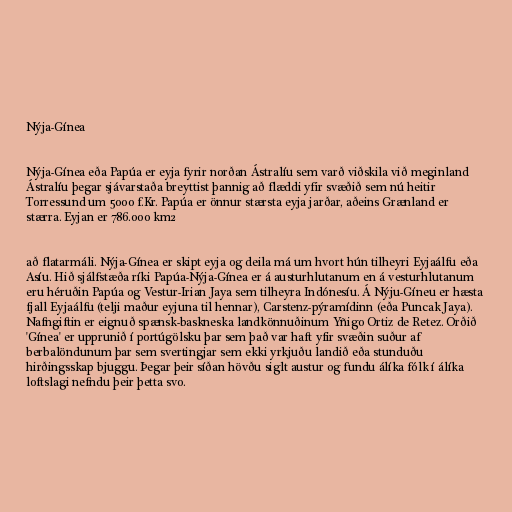
Nýja-Gínea

Nýja-Gínea eða Papúa er eyja fyrir norðan Ástralíu sem varð viðskila við meginland
Ástralíu þegar sjávarstaða breyttist þannig að flæddi yfir svæðið sem nú heitir
Torressund um 5000 f.Kr. Papúa er önnur stærsta eyja jarðar, aðeins Grænland er
stærra. Eyjan er 786.000 km2

að flatarmáli. Nýja-Gínea er skipt eyja og deila má um hvort hún tilheyri Eyjaálfu eða
Asíu. Hið sjálfstæða ríki Papúa-Nýja-Gínea er á austurhlutanum en á vesturhlutanum
eru héruðin Papúa og Vestur-Irian Jaya sem tilheyra Indónesíu. Á Nýju-Gíneu er hæsta
fjall Eyjaálfu (telji maður eyjuna til hennar), Carstenz-pýramídinn (eða Puncak Jaya).
Nafngiftin er eignuð spænsk-baskneska landkönnuðinum Yñigo Ortiz de Retez. Orðið
'Gínea' er upprunið í portúgölsku þar sem það var haft yfir svæðin suður af
berbalöndunum þar sem svertingjar sem ekki yrkjuðu landið eða stunduðu
hirðingsskap bjuggu. Þegar þeir síðan hövðu siglt austur og fundu álíka fólk í álíka
loftslagi nefndu þeir þetta svo.